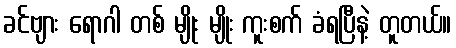
ခင်ဗျား ရောဂါ တစ် မျိုး မျိုး ကူးစက် ခံရပြီနဲ့ တူတယ်။